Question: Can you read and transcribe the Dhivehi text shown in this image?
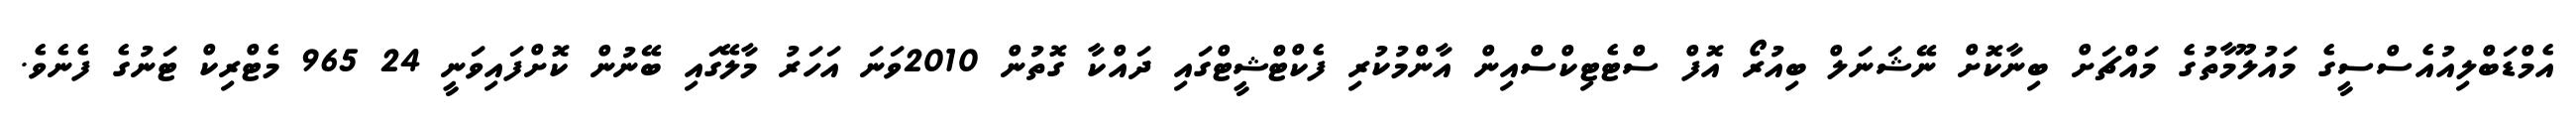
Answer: އެމްޑަބްލިއުއެސްސީގެ މައުލޫމާތުގެ މައްޗަށް ބިނާކޮށް ނޭޝަނަލް ބިއުރޯ އޮފް ސްޓެޓިކްސްއިން އާންމުކުރި ފެކްޓްޝީޓްގައި ދައްކާ ގޮތުން 2010ވަނަ އަހަރު މާލޭގައި ބޭނުން ކޮށްފައިވަނީ 24 965 މެޓްރިކް ޓަނުގެ ފެނެވެ.